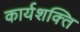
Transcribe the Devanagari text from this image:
कार्यशक्‍ति